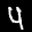
Label: 4